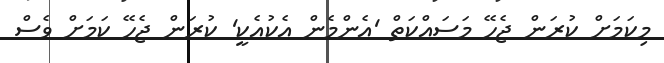
މިކަމަށް ކުރަން ޖެހޭ މަސައްކަތް 'އެންމެން އެކުއެކީ' ކުރަން ޖެހޭ ކަމަށް ވެސް